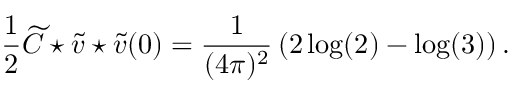
\frac { 1 } { 2 } \widetilde { C } \star \widetilde { v } \star \widetilde { v } ( 0 ) = \frac { 1 } { ( 4 \pi ) ^ { 2 } } \left( 2 \log ( 2 ) - \log ( 3 ) \right) .